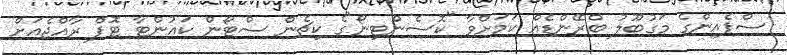
ސްޕެއިންގެ މަގުބޫލު ބްރޭންޑެއް ކަމަށްވާ "ކޮސެންޓިނޯ"ގެ ކިޗެން ސްޓޯން ކައުންޓާ ޓޮޕް ރާއްޖެއަށް